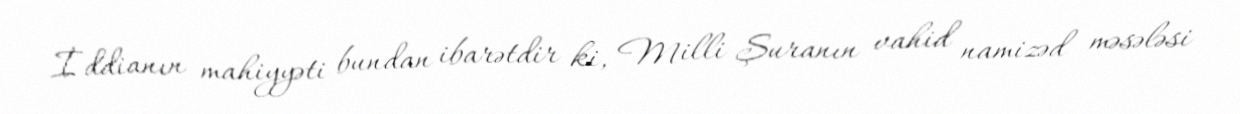
İddianın mahiyyəti bundan ibarətdir ki, Milli Şuranın vahid namizəd məsələsi